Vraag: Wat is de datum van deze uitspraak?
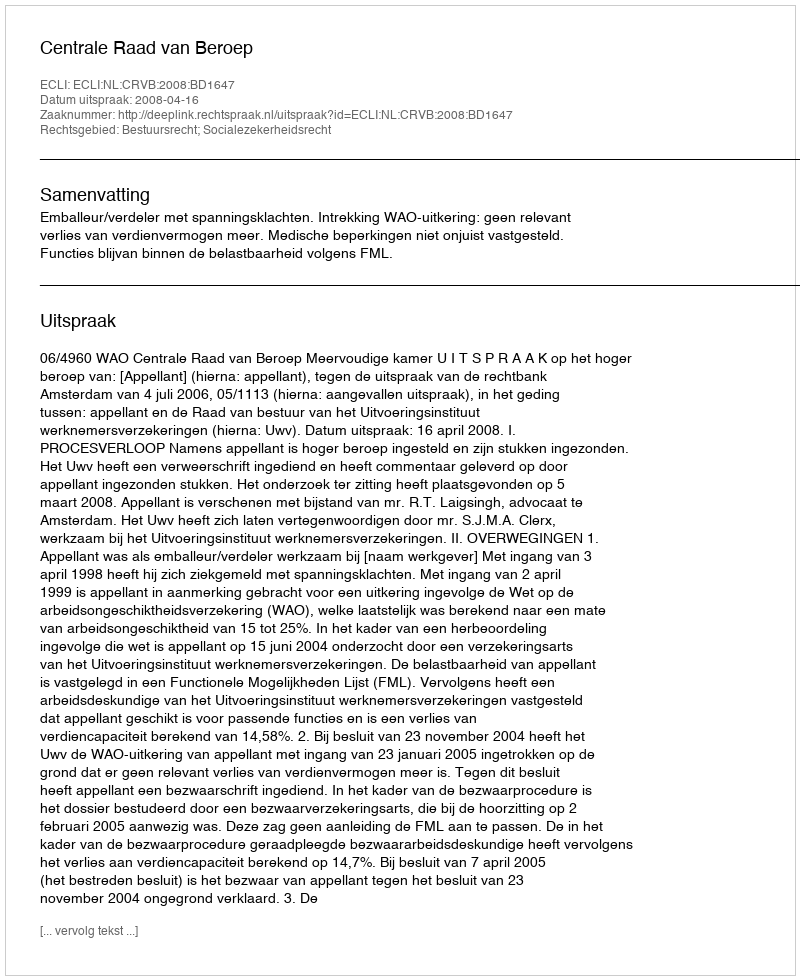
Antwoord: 2008-04-16